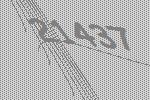
21437